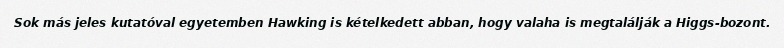
Sok más jeles kutatóval egyetemben Hawking is kételkedett abban, hogy valaha is megtalálják a Higgs-bozont.